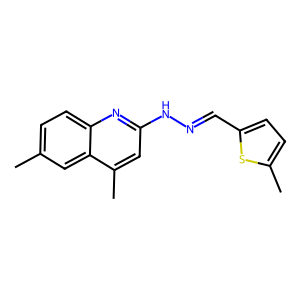
SMILES: Cc1ccc2nc(NN=Cc3ccc(C)s3)cc(C)c2c1
Inhibits HIV replication: No